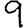
Digit: 9